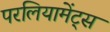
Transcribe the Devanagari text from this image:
परलियामेंट्स